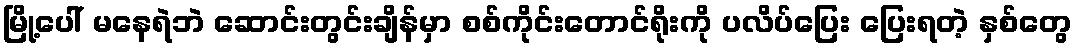
မြို့ပေါ် မနေရဲဘဲ ဆောင်းတွင်းချိန်မှာ စစ်ကိုင်းတောင်ရိုးကို ပလိပ်ပြေး ပြေးရတဲ့ နှစ်တွေ